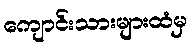
ကျောင်းသားများထံမှ